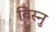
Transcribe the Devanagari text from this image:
विस्नु